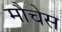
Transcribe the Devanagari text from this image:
मौचेस